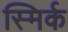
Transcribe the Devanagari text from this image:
स्मिर्क